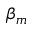
\beta _ { m }